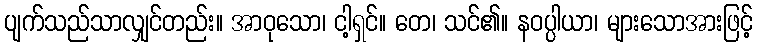
ပျက်သည်သာလျှင်တည်း။ အာဝုသော၊ ငါ့ရှင်။ တေ၊ သင်၏။ နဝပ္ပါယာ၊ များသောအားဖြင့်